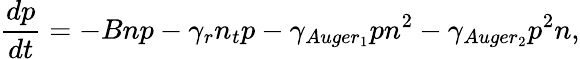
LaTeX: \frac{dp}{dt}=-Bnp-\gamma_{r}n_{t}p-\gamma_{Auger_{1}}pn^{2}-\gamma_{Auger_{2}}p^{2}n,